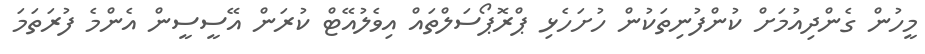
މީހުން ގެންދިއުމަށް ކުންފުނިތަކުން ހުށަހެޅި ޕްރޮޕޯސަލްތައް އިވެލުއޭޓް ކުރަން އޭސީސީން އެންމެ ފުރަތަމަ